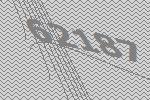
62187